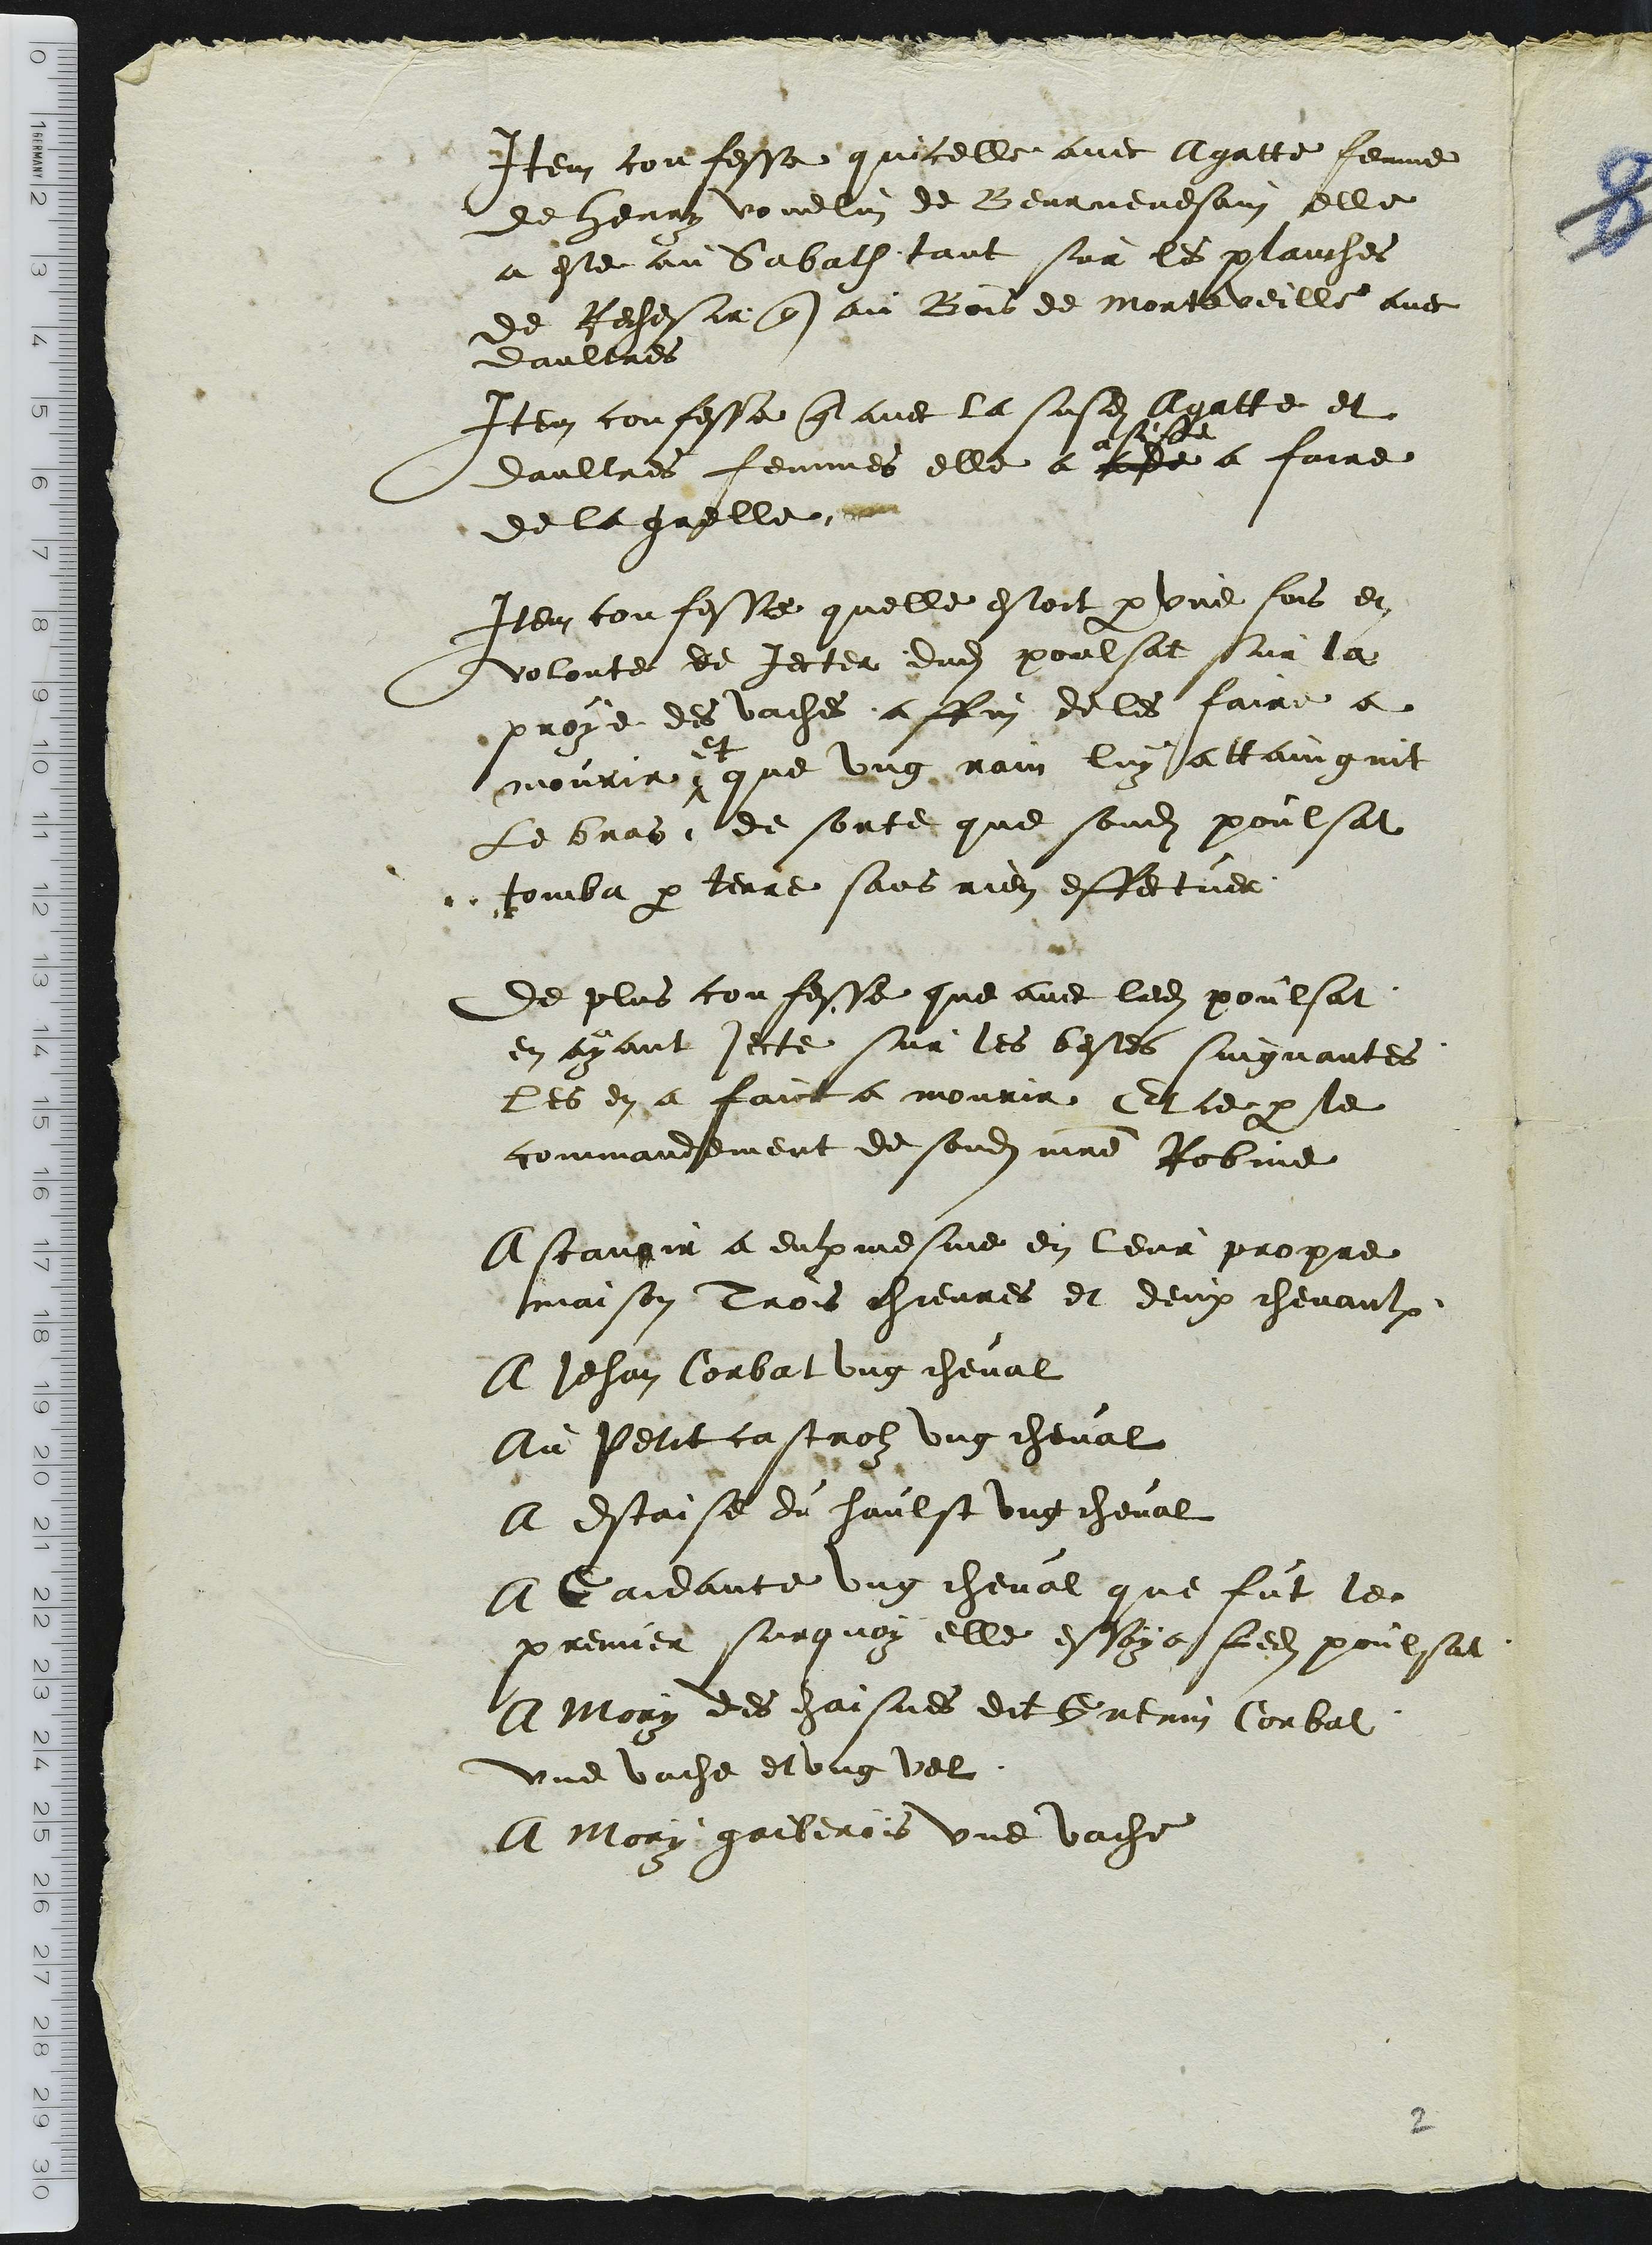
Item confesse quicelle avec Agathe femme
de Henry vouelin de Beurnevesain elle
a este au Sabath tant sur les planches
de Rechesir que au Bois de morteveille avec
daultres
Item confesse que avec la susdite Agatte et
daultres femmes elle a aide a faire
de la grelle.
Item confesse quelle estoit par une fois en
volonte de Jecter dudit poulsat sur la
proye des vaches affin de les faire a
mourir [signe d’insertion] et que un rain luy attaingnit
Le bras, de sorte que sondit poulsat
tomba par terre sans rien effectuer
De plus confesse que avec ledit poulsat
en ayant jecte sur les bestes suigvantes
les en a faict a mourir Et ce par le
commandement de sondit maitre Robine
A scavoir a eulx mesme en leur propre
maison Trois chievres et deux chevaulx
A Jehan Corbat ung cheval
Au Petit castrolz ung cheval
A Estaise du haulst ung cheval
A Gaidance ung cheval que fut le
premier surquoy elle essaya Ledit poulsat
A Mory des chaisnes dit Guenin Corbat
une vache et ung vel
A Mory gaiberois une vache